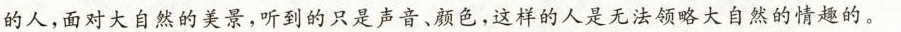
的人，面对大自然的美景，听到的只是声音、颜色，这样的人是无法领略大自然的情趣的。